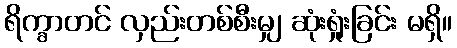
ရိက္ခာတင် လှည်းတစ်စီးမျှ ဆုံးရှုံးခြင်း မရှိ။